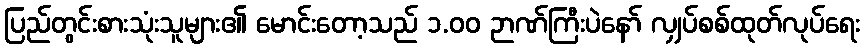
ပြည်တွင်းစားသုံးသူများ၏ မောင်းတော့သည် ၁.၀၀ ဉာဏ်ကြီးပဲနော် လျှပ်စစ်ထုတ်လုပ်ရေး